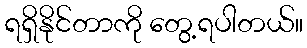
ရရှိနိုင်တာကို တွေ့ရပါတယ်။